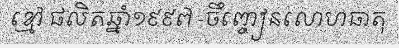
ខ្មៅ ផលិតឆ្នាំ១៩៩៧ -ចឹញ្ចៀនលោហធាតុ